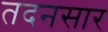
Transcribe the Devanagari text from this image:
तदनसार